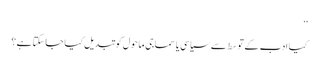
‘‘
کیا ادب کے توسط سے سیاسی یا سماجی ماحول کو تبدیل کیا جاسکتا ہے؟